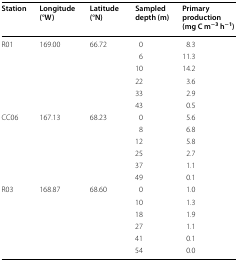
<table><thead><tr><td><b>Station</b></td><td><b>Longitude (°W)</b></td><td><b>Latitude (°N)</b></td><td><b>Sampled depth (m)</b></td><td><b>Primary production (mg C m<sup>−3</sup> h<sup>−1</sup>)</b></td></tr></thead><tbody><tr><td rowspan="6">R01</td><td>169.00</td><td>66.72</td><td>0</td><td>8.3</td></tr><tr><td></td><td></td><td>6</td><td>11.3</td></tr><tr><td></td><td></td><td>10</td><td>14.2</td></tr><tr><td></td><td></td><td>22</td><td>3.6</td></tr><tr><td></td><td></td><td>33</td><td>2.9</td></tr><tr><td></td><td></td><td>43</td><td>0.5</td></tr><tr><td rowspan="6">CC06</td><td>167.13</td><td>68.23</td><td>0</td><td>5.6</td></tr><tr><td></td><td></td><td>8</td><td>6.8</td></tr><tr><td></td><td></td><td>12</td><td>5.8</td></tr><tr><td></td><td></td><td>25</td><td>2.7</td></tr><tr><td></td><td></td><td>37</td><td>1.1</td></tr><tr><td></td><td></td><td>49</td><td>0.1</td></tr><tr><td rowspan="6">R03</td><td>168.87</td><td>68.60</td><td>0</td><td>1.0</td></tr><tr><td></td><td></td><td>10</td><td>1.3</td></tr><tr><td></td><td></td><td>18</td><td>1.9</td></tr><tr><td></td><td></td><td>27</td><td>1.1</td></tr><tr><td></td><td></td><td>41</td><td>0.1</td></tr><tr><td></td><td></td><td>54</td><td>0.0</td></tr></tbody></table>